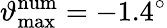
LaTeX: \vartheta_{\mathrm{max}}^{\mathrm{num}}=-1.4^{\circ}